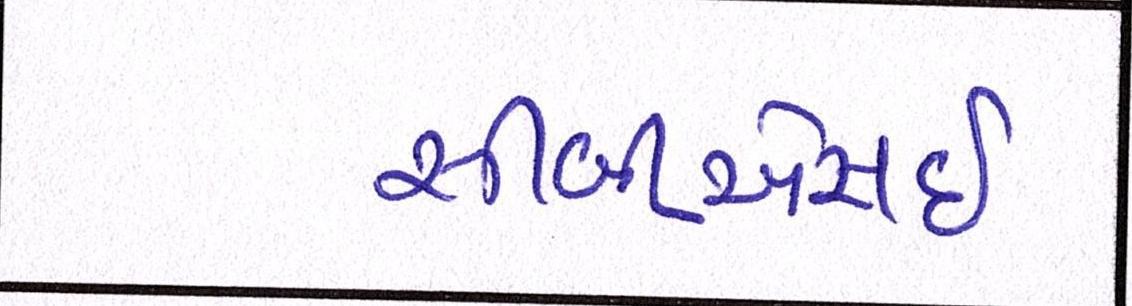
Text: સીબીએસઇ